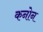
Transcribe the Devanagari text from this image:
कनोन